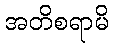
အတိစရာမိ